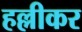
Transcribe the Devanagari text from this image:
हल्लीकर